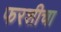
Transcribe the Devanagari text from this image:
फरशीचा